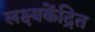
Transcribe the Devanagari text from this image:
लक्ष्यकेंद्रित